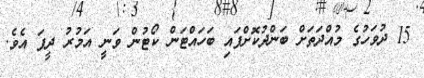
15 ދުވަހުގެ މުއްދަތަށް ބަންދުކޮށްފައި ބަހައްޓަން ކޯޓުން ވަނީ އަމުރު ދީފަ އެވެ.